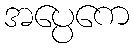
အပ္ပေကေ